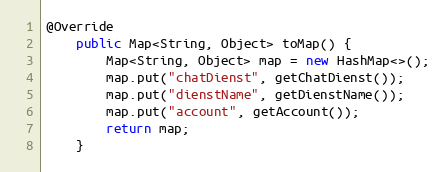
Language: Java
@Override
    public Map<String, Object> toMap() {
        Map<String, Object> map = new HashMap<>();
        map.put("chatDienst", getChatDienst());
        map.put("dienstName", getDienstName());
        map.put("account", getAccount());
        return map;
    }